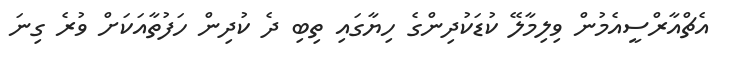
އެޗްއާރްސީއެމުން ވިލިމާލޭ ކުޑަކުދިންގެ ހިޔާގައި ތިބި ދެ ކުދިން ހަފުތާއަކަށް ވުރެ ގިނަ